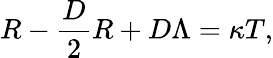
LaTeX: R-{\frac{D}{2}}R+D\Lambda=\kappa T,